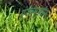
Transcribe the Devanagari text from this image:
एंजेल्समधील